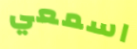
اسمعي